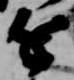
近